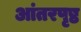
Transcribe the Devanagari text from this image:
आंतरपृष्ठ